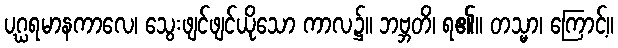
ပဂ္ဃရမာနကာလေ၊ သွေးဖျင်ဖျင်ယိုသော ကာလ၌။ ဘဗ္ဘတိ၊ ရ၏။ တသ္မာ၊ ကြောင့်။